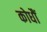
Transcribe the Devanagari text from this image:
कोधौं